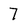
Character: 7